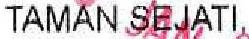
TAMAN SEJATI,